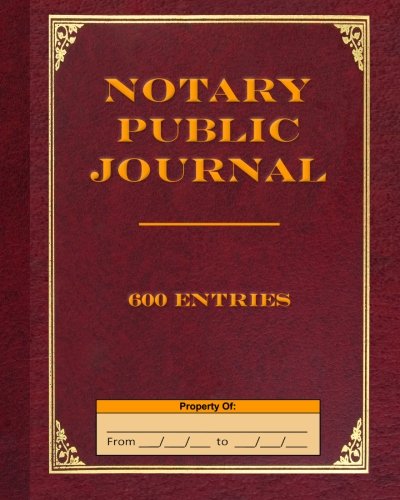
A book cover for Notary Public Journal 600 Entries; Angelo Tropea; Business & Money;